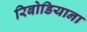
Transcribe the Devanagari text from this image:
रिबोडियाना